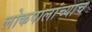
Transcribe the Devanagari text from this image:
लोकपालांच्याच